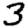
Digit: 3